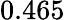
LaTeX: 0.465